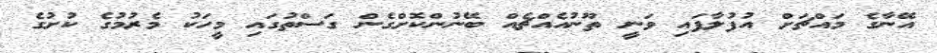
އޭނާގެ މައްޗަށް އުފުލާފައި ވަނީ ތޫނުއެއްޗެއް ބޭނުންކޮށްގެން ގަސްތުގައި މީހަކު މެރުމުގެ ކުށުގެ